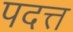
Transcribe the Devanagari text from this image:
पदत्त